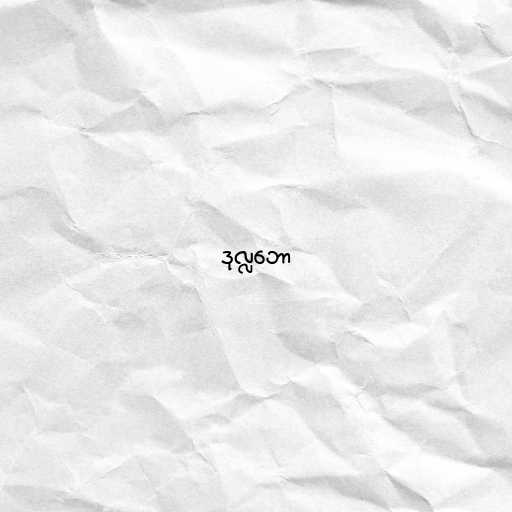
ဒုလ္လဘော